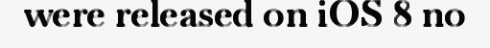
were released on iOS 8 no